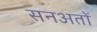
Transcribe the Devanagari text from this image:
सनअतों